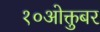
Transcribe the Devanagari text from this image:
१०ओक्तुबर